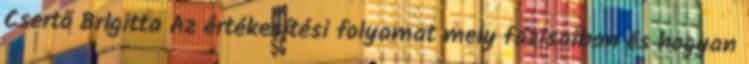
Csertő Brigitta Az értékesítési folyamat mely fázisaiban és hogyan